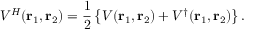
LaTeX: { \cal V } ^ { H } ( \mathrm { \bf r } _ { 1 } , \mathrm { \bf r } _ { 2 } ) = { \frac { 1 } { 2 } } \left\{ { \cal V } ( \mathrm { \bf r } _ { 1 } , \mathrm { \bf r } _ { 2 } ) + { \cal V } ^ { \dag } ( \mathrm { \bf r } _ { 1 } , \mathrm { \bf r } _ { 2 } ) \right\} . \nonumber